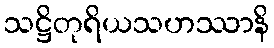
သဋ္ဌိတုရိယသဟဿာနိ